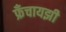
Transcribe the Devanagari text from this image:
फ्रँचायझी